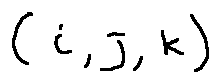
( i , j , k )